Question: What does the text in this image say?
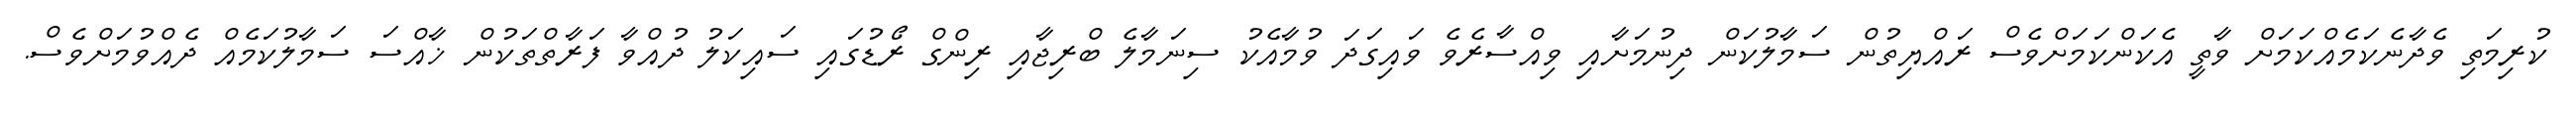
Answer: ކުރިމަތި ވެދާނެކަމެއްކަމަށް ވާތީ އެކަންކަމަށްވެސް ރައްޔިތުން ސަމާލުކަން ދިނުމަށާއި ވިއްސާރެވެ ވައިގަދަ ވުމާއެކު ސިނަމާލެ ބްރިޖާއި ރިންގް ރޯޑުގައި ސައިކަލު ދުއްވާ ފަރާތްތަކުން ޚާއްސަ ސަމާލުކަމެއް ދެއްވުމަށްވެސް.